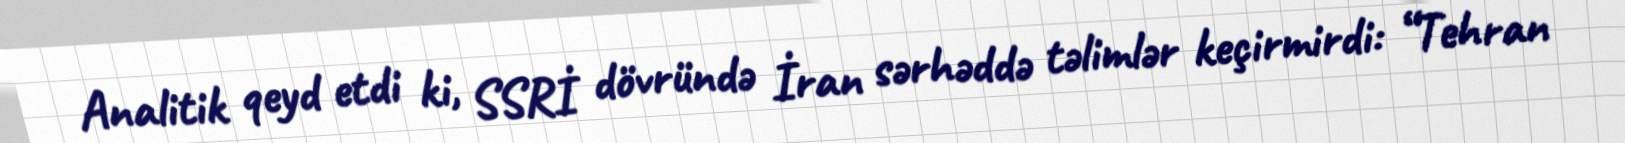
Analitik qeyd etdi ki, SSRİ dövründə İran sərhəddə təlimlər keçirmirdi: “Tehran